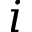
i